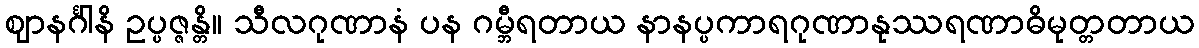
ဈာနင်္ဂါနိ ဥပ္ပဇ္ဇန္တိ။ သီလဂုဏာနံ ပန ဂမ္ဘီရတာယ နာနပ္ပကာရဂုဏာနုဿရဏာဓိမုတ္တတာယ